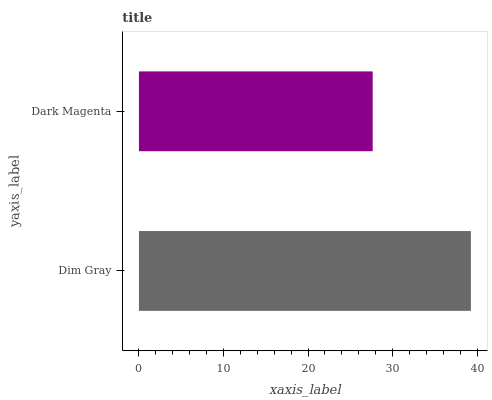
| yaxis_label | bars |
 | --- | --- |
 | Dim Gray | 39.3 |
 | Dark Magenta | 27.6 |